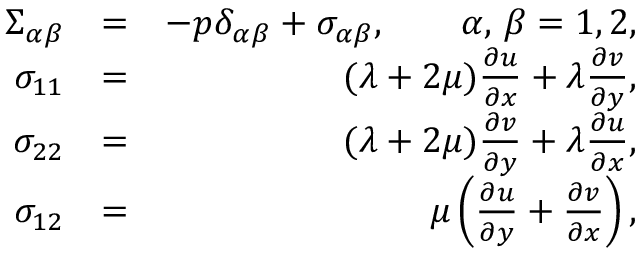
\begin{array} { r l r } { \Sigma _ { \alpha \beta } } & { = } & { - p \delta _ { \alpha \beta } + \sigma _ { \alpha \beta } , \qquad \alpha , \, \beta = 1 , 2 , } \\ { \sigma _ { 1 1 } } & { = } & { ( \lambda + 2 \mu ) \frac { \partial u } { \partial x } + \lambda \frac { \partial v } { \partial y } , } \\ { \sigma _ { 2 2 } } & { = } & { ( \lambda + 2 \mu ) \frac { \partial v } { \partial y } + \lambda \frac { \partial u } { \partial x } , } \\ { \sigma _ { 1 2 } } & { = } & { \mu \left( \frac { \partial u } { \partial y } + \frac { \partial v } { \partial x } \right) , } \end{array}